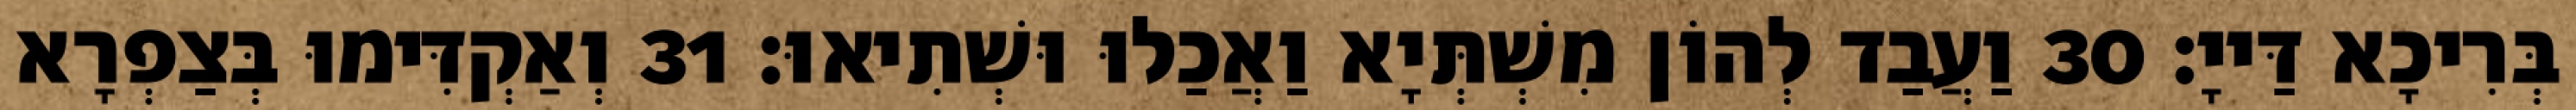
בְּרִיכָא דַּייָ׃ 30 וַעֲבַד לְהוֹן מִשְׁתְּיָא וַאֲכַלוּ וּשְׁתִיאוּ׃ 31 וְאַקְדִּימוּ בְּצַפְרָא